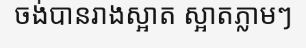
ចង់បានរាងស្អាត ស្អាតភ្លាមៗ